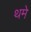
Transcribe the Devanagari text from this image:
थमे